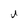
Character: U